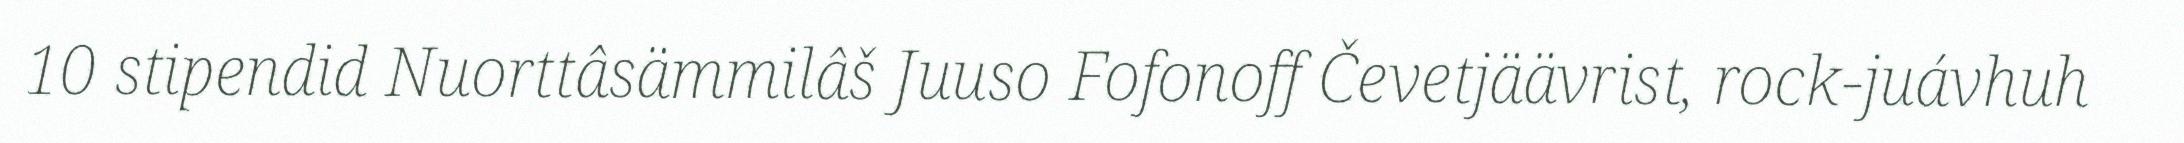
10 stipendid Nuorttâsämmilâš Juuso Fofonoff Čevetjäävrist, rock-juávhuh